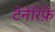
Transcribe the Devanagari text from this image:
टेनेरिफ़े